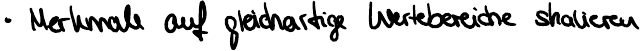
Merkmale auf gleichartige Wertebereiche skalieren